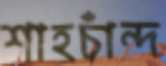
শাহচাঁন্দ